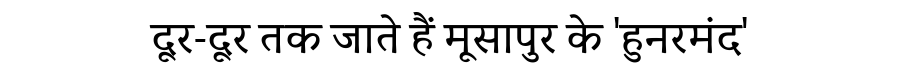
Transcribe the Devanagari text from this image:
दूर-दूर तक जाते हैं मूसापुर के 'हुनरमंद'